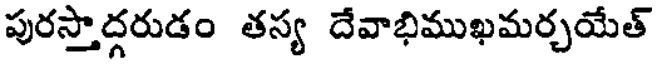
పురస్తాద్గరుడం తస్య దేవాభిముఖమర్చయేత్